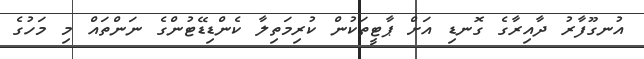
އުނގޫފާރު ދާއިރާގެ ގޮނޑި އަށް ޕާޓީތަކުން ކުރިމަތިލާ ކެންޑިޑޭޓުންގެ ނަންތައް މި މަހުގެ